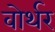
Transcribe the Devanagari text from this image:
वोर्थर